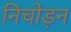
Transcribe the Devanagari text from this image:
निचोड़न